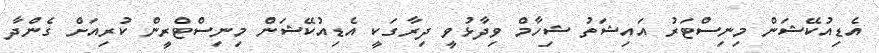
އެޑިއުކޭޝަން މިނިސްޓަރު އައިޝަތު ޝިހާމް ވިދާޅުވީ ދިރާގަކީ އެޑިއުކޭޝަން މިނިސްޓްރީން ކުރިއަށް ގެންދާ